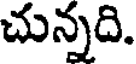
చున్నది.